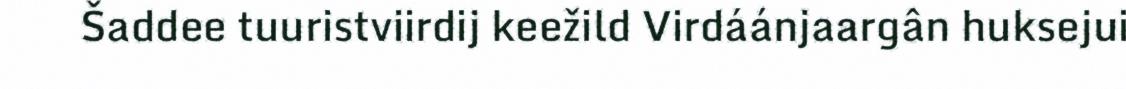
Šaddee tuuristviirdij keežild Virdáánjaargân huksejui